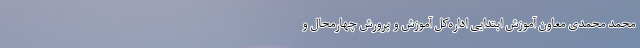
محمد محمدی معاون آموزش ابتدایی اداره‌کل آموزش و پرورش چهارمحال و